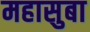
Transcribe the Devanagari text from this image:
महासुबा